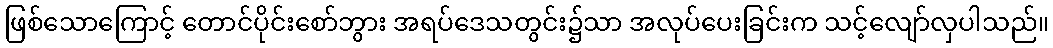
ဖြစ်သောကြောင့် တောင်ပိုင်းစော်ဘွား အရပ်ဒေသတွင်း၌သာ အလုပ်ပေးခြင်းက သင့်လျော်လှပါသည်။